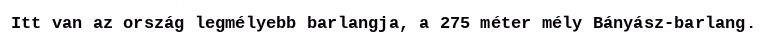
Itt van az ország legmélyebb barlangja, a 275 méter mély Bányász-barlang.